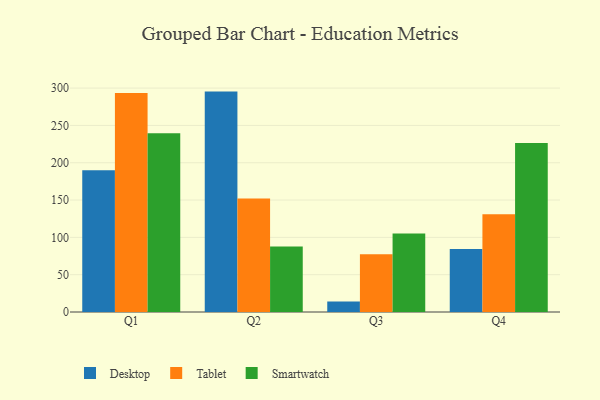
{"axis": {"x": "Quarter", "y": "Demand Index"}, "legend": ["Desktop", "Smartwatch", "Tablet"], "data": [{"x": "Q1", "y": 190.0, "type": "Desktop"}, {"x": "Q1", "y": 293.3, "type": "Tablet"}, {"x": "Q1", "y": 239.6, "type": "Smartwatch"}, {"x": "Q2", "y": 295.3, "type": "Desktop"}, {"x": "Q2", "y": 152.2, "type": "Tablet"}, {"x": "Q2", "y": 87.9, "type": "Smartwatch"}, {"x": "Q3", "y": 14.0, "type": "Desktop"}, {"x": "Q3", "y": 77.4, "type": "Tablet"}, {"x": "Q3", "y": 105.2, "type": "Smartwatch"}, {"x": "Q4", "y": 84.3, "type": "Desktop"}, {"x": "Q4", "y": 131.0, "type": "Tablet"}, {"x": "Q4", "y": 226.5, "type": "Smartwatch"}]}